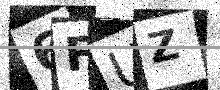
Text: 6FUZ